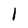
Character: 1